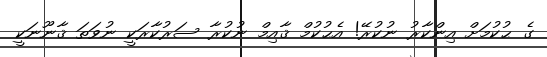
ގެ ޙުކުމަށް އިންކާރު ނުކުރޭ! އެޙުކުމް ޤާއިމް ނުކުރާ ސަރުކާރަކީ ނުވަތަ ޤާނޫނަކީ